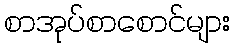
စာအုပ်စာစောင်များ